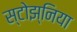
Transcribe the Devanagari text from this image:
स्टोझ्निया